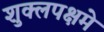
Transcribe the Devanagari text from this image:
शुक्लपक्षमे